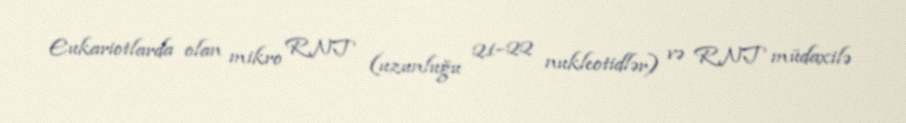
Eukariotlarda olan mikro RNT (uzunluğu 21–22 nukleotidlər) və RNT müdaxilə